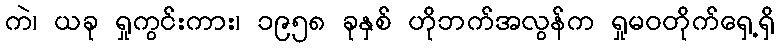
ကဲ၊ ယခု ရှုကွင်းကား၊ ၁၉၅၈ ခုနှစ် ဟိုဘက်အလွန်က ရှုမဝတိုက်ရှေ့ရှိ